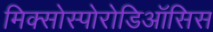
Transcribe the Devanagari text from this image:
मिक्सोस्पोरोडिऑसिस